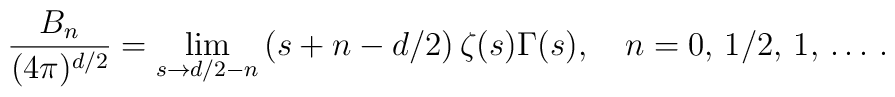
\frac{B_n}{(4\pi)^{d/2}}=\lim_{s\to d/2-n}\left(s+n-d/2 \right )      \zeta(s)\Gamma(s),\quad n=0,\,1/2,\,1,\,\ldots\, {.}